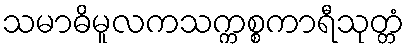
သမာဓိမူလကသက္ကစ္စကာရီသုတ္တံ